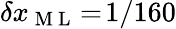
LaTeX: \delta x_{\mathrm{~M~L~}}\! =\! 1/160